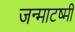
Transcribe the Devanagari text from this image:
जन्माटष्मी